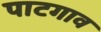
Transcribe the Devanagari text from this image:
पाटगाव